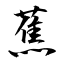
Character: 蕉